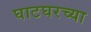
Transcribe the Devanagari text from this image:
घाटघरच्या